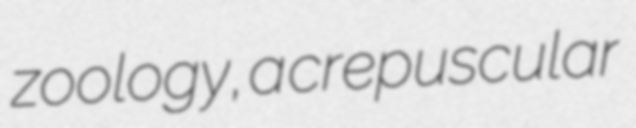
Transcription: zoology, a crepuscular